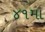
૪૧મા